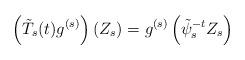
LaTeX: \begin{align*}\left(\tilde{T}_s (t) g^{(s)} \right) (Z_s) =g^{(s)} \left( \tilde{\psi}_s^{-t} Z_s\right)\end{align*}